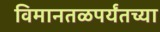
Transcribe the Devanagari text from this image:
विमानतळपर्यंतच्या